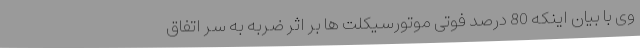
وی با بیان اینکه 80 درصد فوتی موتورسیکلت ها بر اثر ضربه به سر اتفاق